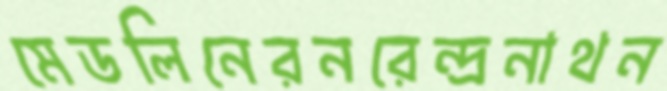
মেডলিনেরনরেন্দ্রনাথন